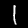
Label: 1